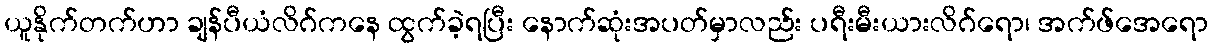
ယူနိုက်တက်ဟာ ချန်ပီယံလိဂ်ကနေ ထွက်ခဲ့ရပြီး နောက်ဆုံးအပတ်မှာလည်း ပရီးမီးယားလိဂ်ရော၊ အက်ဖ်အေရော